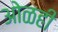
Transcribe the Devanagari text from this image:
ओळही